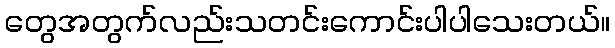
တွေအတွက်လည်းသတင်းကောင်းပါပါသေးတယ်။